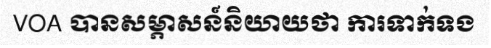
VOA បានសម្ភាសន៍និយាយថា ការទាក់ទង